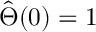
\hat { \Theta } ( 0 ) = 1